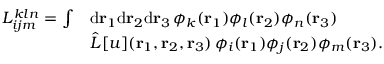
\begin{array} { r l } { { L } _ { i j m } ^ { k l n } = \int } & { \mathrm { d } { \mathbf { r } _ { 1 } } \mathrm { d } { \mathbf { r } _ { 2 } } \mathrm { d } { \mathbf { r } _ { 3 } } \, \phi _ { k } ( { \mathbf { r } _ { 1 } } ) \phi _ { l } ( { \mathbf { r } _ { 2 } } ) \phi _ { n } ( { \mathbf { r } _ { 3 } } ) } \\ & { \hat { L } [ u ] ( { \mathbf { r } _ { 1 } } , { \mathbf { r } _ { 2 } } , { \mathbf { r } _ { 3 } } ) \, \phi _ { i } ( { \mathbf { r } _ { 1 } } ) \phi _ { j } ( { \mathbf { r } _ { 2 } } ) \phi _ { m } ( { \mathbf { r } _ { 3 } } ) . } \end{array}